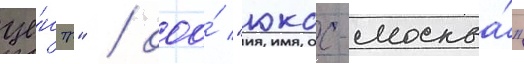
це́нтр" / ооо́ "юкос-москва́"